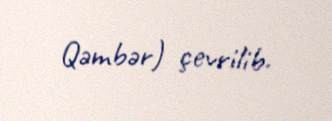
Qəmbər) çevrilib.